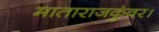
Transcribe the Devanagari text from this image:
माताराजकुंवर।